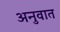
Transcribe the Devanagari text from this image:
अनुवात